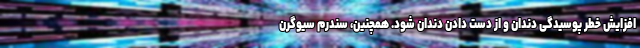
افزایش خطر پوسیدگی دندان و از دست دادن دندان شود. همچنین، سندرم سیوگرن